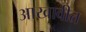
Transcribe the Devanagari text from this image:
आखावीत